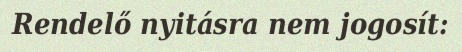
Rendelő nyitásra nem jogosít: